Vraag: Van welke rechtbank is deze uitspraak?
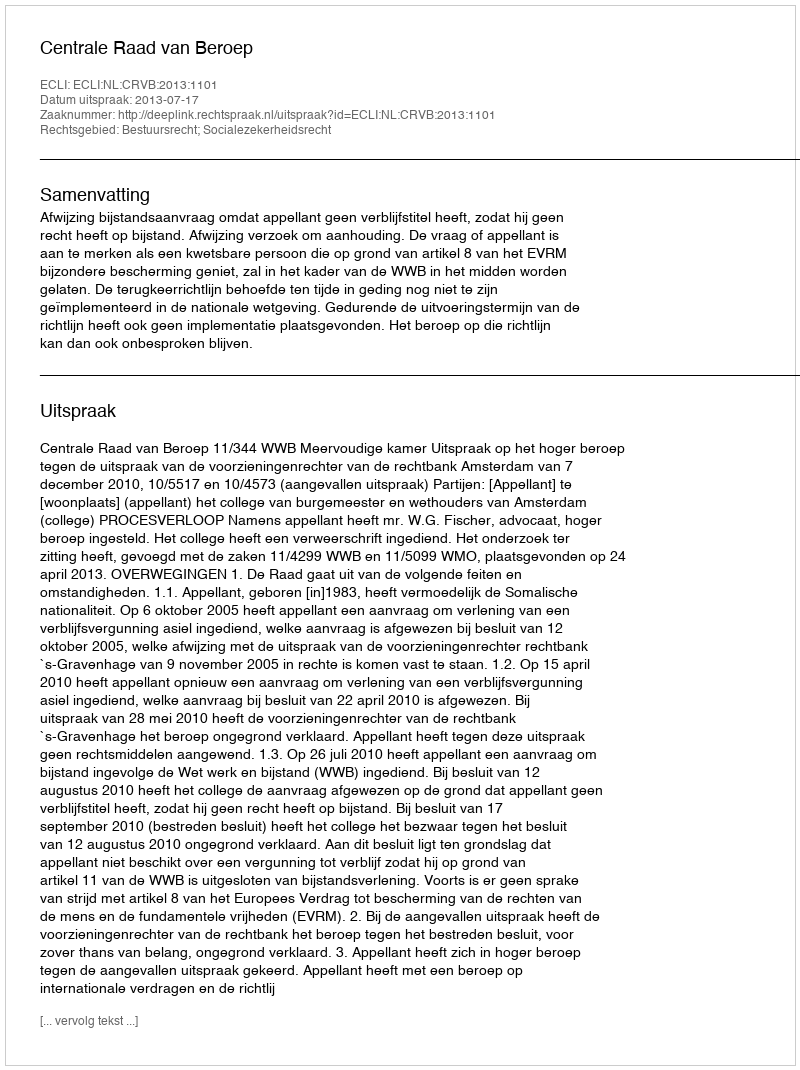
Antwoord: Centrale Raad van Beroep